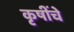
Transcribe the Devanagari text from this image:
कृषींचे